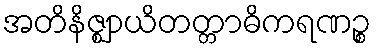
အတိနိဇ္ဈာယိတတ္တာဓိကရဏဉ္စ